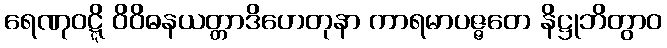
ရေဏုဝဋ္ဋိ ဝိဝိဓနယတ္တာဒိဟေတုနာ ကာရမာပဇ္ဇတေ နိဋ္ဌုဘိတွာဝ